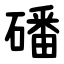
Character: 磻